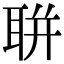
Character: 聠